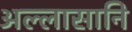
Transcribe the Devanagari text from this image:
अल्लासानि